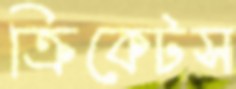
ক্রিকেটস